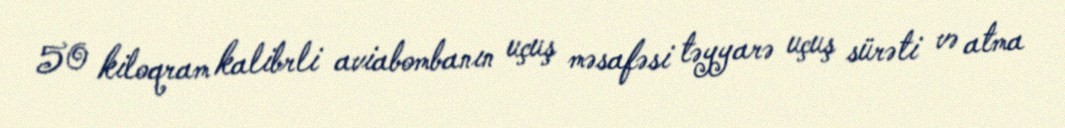
50 kiloqram kalibrli aviabombanın uçuş məsafəsi təyyarə uçuş sürəti və atma